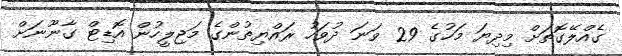
ގެއްލޭގޮތަށް މިދިޔަ މަހުގެ 29 ވަނަ ދުވަހު ރައްޔިތުންގެ މަޖިލީހުން އޮޑިޓް ގާނޫނަށް